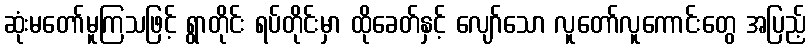
ဆုံးမတော်မူကြသဖြင့် ရွာတိုင်း ရပ်တိုင်းမှာ ထိုခေတ်နှင့် လျော်သော လူတော်လူကောင်းတွေ အပြည့်